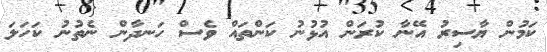
ކަމުން ޔާސިރު އޭނާ ކުރަން އުޅުނު ކަންތައް ވެސް ހަނދާން ނެތުނު ކަހަލަ